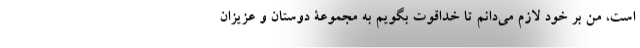
است، من بر خود لازم می‌دانم تا خداقوت بگویم به مجموعۀ دوستان و عزیزان